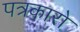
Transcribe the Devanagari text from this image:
पत्रकारो